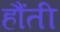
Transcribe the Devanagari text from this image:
हौंती